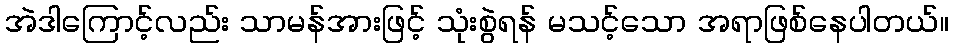
အဲဒါကြောင့်လည်း သာမန်အားဖြင့် သုံးစွဲရန် မသင့်သော အရာဖြစ်နေပါတယ်။